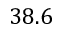
3 8 . 6